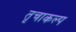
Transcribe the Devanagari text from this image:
तृचाकल्प